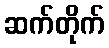
ဆက်တိုက်